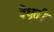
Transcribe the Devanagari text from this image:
वैधृती